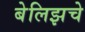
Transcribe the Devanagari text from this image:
बेलिझचे